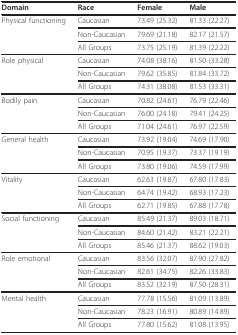
<table><thead><tr><td><b>Domain</b></td><td><b>Race</b></td><td><b>Female</b></td><td><b>Male</b></td></tr></thead><tbody><tr><td>Physical functioning</td><td>Caucasian</td><td>73.49 (25.32)</td><td>81.33 (22.27)</td></tr><tr><td></td><td>Non-Caucasian</td><td>79.69 (21.18)</td><td>82.17 (21.57)</td></tr><tr><td></td><td>All Groups</td><td>73.75 (25.19)</td><td>81.39 (22.22)</td></tr><tr><td>Role physical</td><td>Caucasian</td><td>74.08 (38.16)</td><td>81.50 (33.28)</td></tr><tr><td></td><td>Non-Caucasian</td><td>79.62 (35.85)</td><td>81.84 (33.72)</td></tr><tr><td></td><td>All Groups</td><td>74.31 (38.08)</td><td>81.53 (33.31)</td></tr><tr><td>Bodily pain</td><td>Caucasian</td><td>70.82 (24.61)</td><td>76.79 (22.46)</td></tr><tr><td></td><td>Non-Caucasian</td><td>76.00 (24.18)</td><td>79.41 (24.25)</td></tr><tr><td></td><td>All Groups</td><td>71.04 (24.61)</td><td>76.97 (22.59)</td></tr><tr><td>General health</td><td>Caucasian</td><td>73.92 (19.04)</td><td>74.69 (17.90)</td></tr><tr><td></td><td>Non-Caucasian</td><td>70.95 (19.37)</td><td>73.37 (19.19)</td></tr><tr><td></td><td>All Groups</td><td>73.80 (19.06)</td><td>74.59 (17.99)</td></tr><tr><td>Vitality</td><td>Caucasian</td><td>62.63 (19.87)</td><td>67.80 (17.83)</td></tr><tr><td></td><td>Non-Caucasian</td><td>64.74 (19.42)</td><td>68.93 (17.23)</td></tr><tr><td></td><td>All Groups</td><td>62.71 (19.85)</td><td>67.88 (17.78)</td></tr><tr><td>Social functioning</td><td>Caucasian</td><td>85.49 (21.37)</td><td>89.03 (18.71)</td></tr><tr><td></td><td>Non-Caucasian</td><td>84.60 (21.42)</td><td>83.21 (22.21)</td></tr><tr><td></td><td>All Groups</td><td>85.46 (21.37)</td><td>88.62 (19.03)</td></tr><tr><td>Role emotional</td><td>Caucasian</td><td>83.56 (32.07)</td><td>87.90 (27.82)</td></tr><tr><td></td><td>Non-Caucasian</td><td>82.61 (34.75)</td><td>82.26 (33.83)</td></tr><tr><td></td><td>All Groups</td><td>83.52 (32.19)</td><td>87.50 (28.31)</td></tr><tr><td>Mental health</td><td>Caucasian</td><td>77.78 (15.56)</td><td>81.09 (13.89)</td></tr><tr><td></td><td>Non-Caucasian</td><td>78.23 (16.91)</td><td>80.89 (14.89)</td></tr><tr><td></td><td>All Groups</td><td>77.80 (15.62)</td><td>81.08 (13.95)</td></tr></tbody></table>